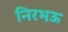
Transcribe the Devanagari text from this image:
निरभऊ